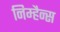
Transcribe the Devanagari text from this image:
निम्हैन्स